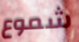
شموع